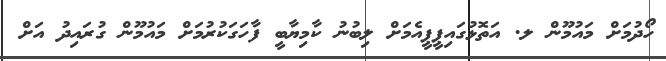
ހޯދުމަށް މައުމޫން ލ. އަތޮޅުގައިޕީޕީއެމަށް ލިބުނު ކާމިޔާބީ ފާހަގަކުރުމަށް މައުމޫން ގުރައިދު އަށް